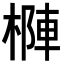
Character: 𣗑